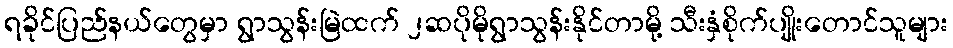
ရခိုင်ပြည်နယ်တွေမှာ ရွာသွန်းမြဲထက် ၂ဆပိုမိုရွာသွန်းနိုင်တာမို့ သီးနှံစိုက်ပျိုးတောင်သူများ